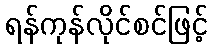
ရန်ကုန်လိုင်စင်ဖြင့်